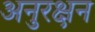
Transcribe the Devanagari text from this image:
अनुरक्षन